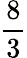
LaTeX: \frac{8}{3}